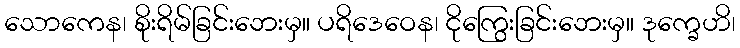
သောကေန၊ စိုးရိမ်ခြင်းဘေးမှ။ ပရိဒေဝေန၊ ငိုကြွေးခြင်းဘေးမှ။ ဒုက္ခေဟိ၊